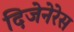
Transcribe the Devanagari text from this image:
दिजेनेरेस